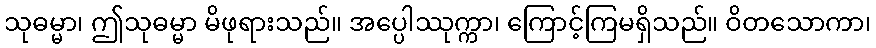
သုဓမ္မာ၊ ဤသုဓမ္မာ မိဖုရားသည်။ အပ္ပေါဿုက္ကာ၊ ကြောင့်ကြမရှိသည်။ ဝိတသောကာ၊